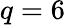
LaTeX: q=6